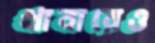
খাবারেও